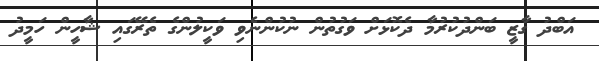
އަބްދު ގާޒީ ބަންދުކުރުމާ ދެކޮޅަށް ވަގުތުން ނުކުންނެވި ވަކީލުންގެ ތެރޭގައި ޝާހީން ހަމީދު